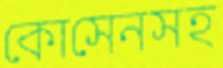
কোসেনসহ